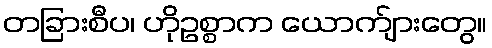
တခြားစီပ၊ ဟိုဥစ္စာက ယောက်ျားတွေ။